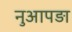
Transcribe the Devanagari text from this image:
नुआपड़ा